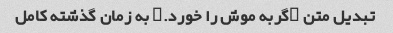
تبدیل متن "گربه موش را خورد." به زمان گذشته کامل